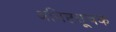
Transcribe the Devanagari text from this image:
अनिष्टसूचक